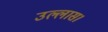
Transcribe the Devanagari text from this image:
उल्लास।